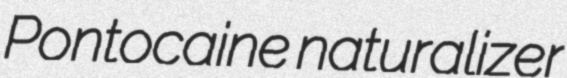
Pontocaine naturalizer